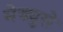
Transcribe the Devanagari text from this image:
मेड्युसे